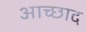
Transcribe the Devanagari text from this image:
आच्छाद